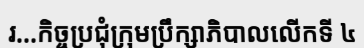
រ...កិច្ចប្រជុំក្រុមប្រឹក្សាភិបាលលើកទី ៤